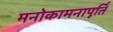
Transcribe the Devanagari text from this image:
मनोकामनापूर्ति